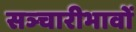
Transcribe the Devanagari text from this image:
सञ्चारीभावों